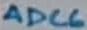
Text: ADC6